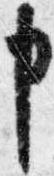
申